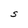
Character: S